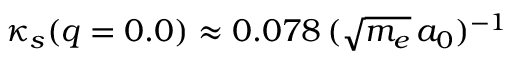
\kappa _ { s } ( q = 0 . 0 ) \approx 0 . 0 7 8 \, ( \sqrt { m _ { e } } \, a _ { 0 } ) ^ { - 1 }